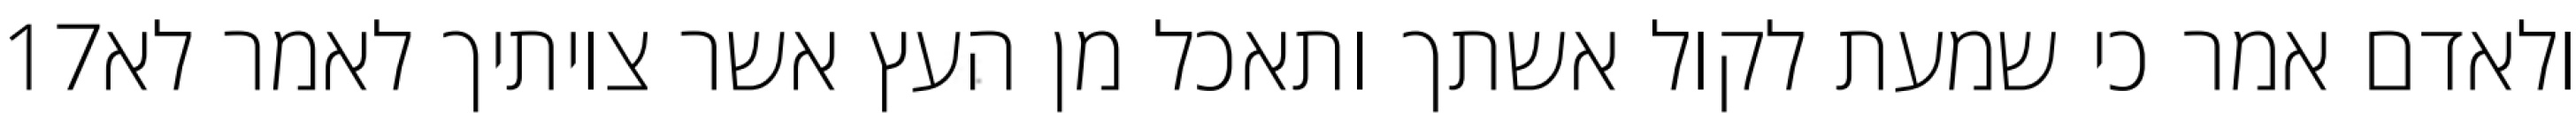
‎17‏ ולאדם אמר כי שמעת לקול אשתך ותאכל מן העץ אשר צויתיך לאמר לא